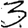
Digit: 3